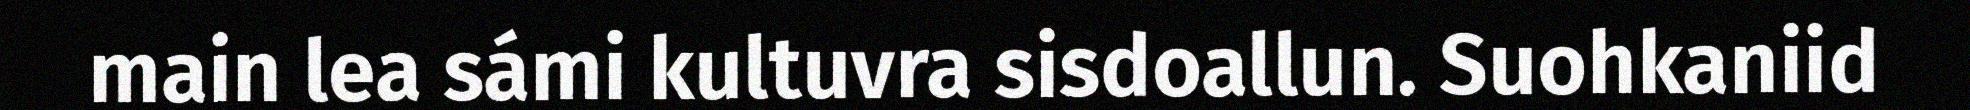
main lea sámi kultuvra sisdoallun. Suohkaniid